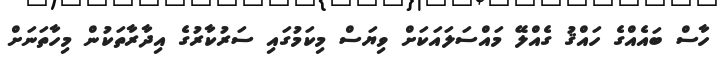
ހާސް ބައެއްގެ ހައްޤު ގެއްލޭ މައްސަލައަކަށް ވިޔަސް މިކަމުގައި ސަރުކާރުގެ އިދާރާތަކުން މިހާތަނަށް